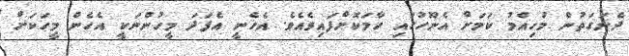
ދެނަގަތުން މުހިއްމު ކަމަށް އެނޫހުގައި ހާމަކޮށްފައިވެއެވެ. އެހެނީ އެފަދަ މީހުންނަކީ އެހެން މީހަކަށް